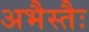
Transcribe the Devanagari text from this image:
अभैस्तैः